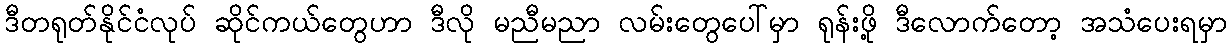
ဒီတရုတ်နိုင်ငံလုပ် ဆိုင်ကယ်တွေဟာ ဒီလို မညီမညာ လမ်းတွေပေါ်မှာ ရုန်းဖို့ ဒီလောက်တော့ အသံပေးရမှာ